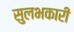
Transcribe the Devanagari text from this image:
सुलभकारी